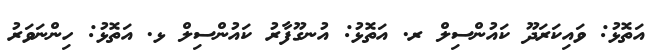
އަތޮޅު: ވައިކަރަދޫ ކައުންސިލް ރ. އަތޮޅު: އުނގޫފާރު ކައުންސިލް ޅ. އަތޮޅު: ހިންނަވަރު